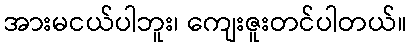
အားမငယ်ပါဘူး၊ ကျေးဇူးတင်ပါတယ်။